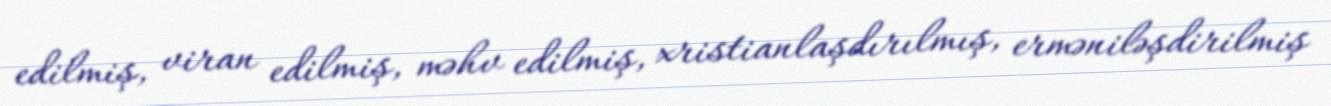
edilmiş, viran edilmiş, məhv edilmiş, xristianlaşdırılmış, erməniləşdirilmiş